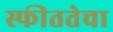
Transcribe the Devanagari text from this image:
स्फीततेचा